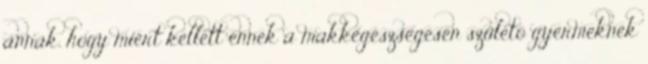
annak, hogy miért kellett ennek a makkegészségesen születõ gyermeknek